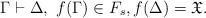
LaTeX: \begin{align*} \Gamma\vdash\Delta,\ f(\Gamma)\in F_{s}, f(\Delta)= \mathfrak{X}.\end{align*}